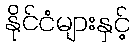
နိုင်ငံများနှင့်